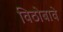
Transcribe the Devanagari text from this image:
विठोबावे